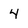
Character: 4